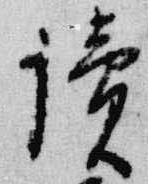
読